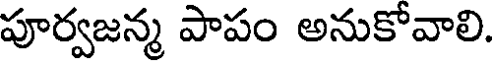
పూర్వజన్మ పాపం అనుకోవాలి.